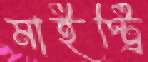
মাইস্ট্রি